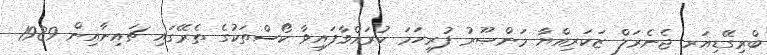
ބްރިގޭޑިއަރ ޖެނެރަލް ޒަކަރިއްޔާ މަންޞޫރު ފުރިހަމަ ކުރައްވާފައިވާ ކޯސްތަކުގެ ތެރޭގައި ޗައިނާއިން 1989